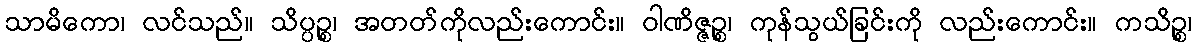
သာမိကော၊ လင်သည်။ သိပ္ပဉ္စ၊ အတတ်ကိုလည်းကောင်း။ ဝါဏိဇ္ဇဉ္စ၊ ကုန်သွယ်ခြင်းကို လည်းကောင်း။ ကသိဉ္စ၊